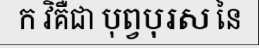
ក វិគឺជា បុព្វបុរស នៃ